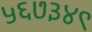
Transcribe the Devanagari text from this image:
५६७३४९